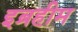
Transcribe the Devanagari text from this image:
इब्रहीम